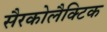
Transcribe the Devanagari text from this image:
सैरकोलैक्टिक